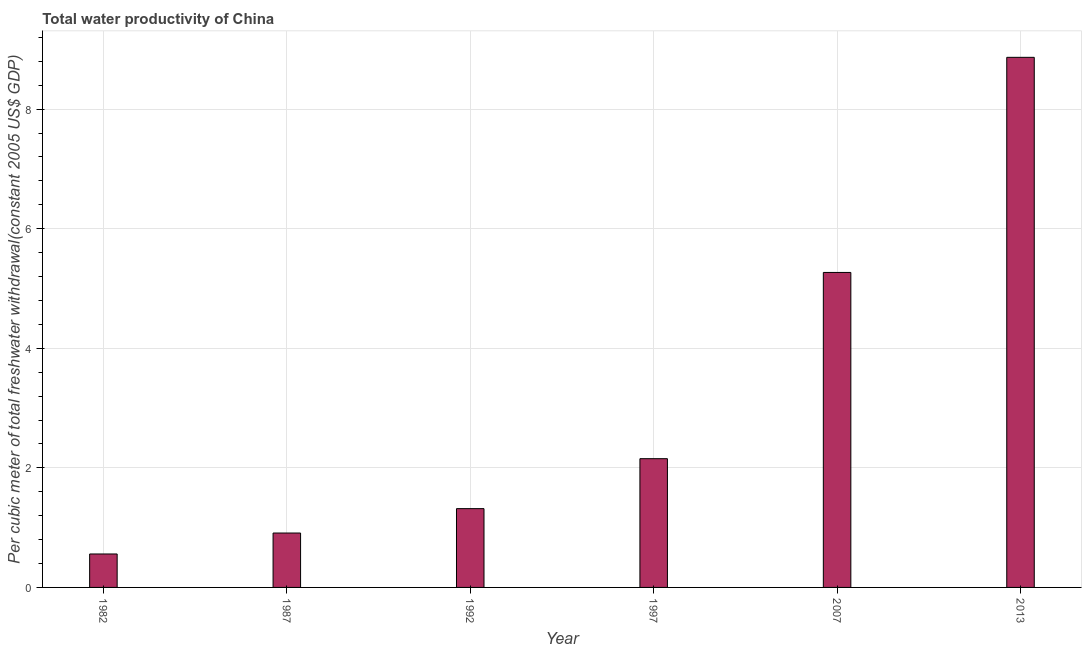
| Year | Water productivity |
 | --- | --- |
 | 1982 | 0.56 |
 | 1987 | 0.91 |
 | 1992 | 1.32 |
 | 1997 | 2.15 |
 | 2007 | 5.27 |
 | 2013 | 8.87 |